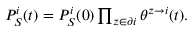
\begin{array} { r } { P _ { S } ^ { i } ( t ) = P _ { S } ^ { i } ( 0 ) \prod _ { z \in \partial i } \theta ^ { z \rightarrow i } ( t ) . } \end{array}